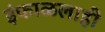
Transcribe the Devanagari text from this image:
इंफाळलाही